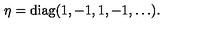
\eta = \mathrm { d i a g } ( 1 , - 1 , 1 , - 1 , \ldots ) .